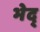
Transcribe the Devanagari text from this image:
भेद्